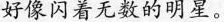
好像闪着无数的明星。